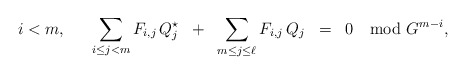
\begin{align*} i < m, \;\; \quad\sum_{i\le j< m} F_{i,j}\, Q^{\star}_j \;\;+\;\; \sum_{m\le j\le\ell} F_{i,j}\, Q_j \;\;=\;\; 0 \mod G^{m-i},\end{align*}